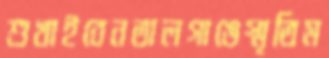
শুখাইবেনতালগাঙেস্মৃতিম